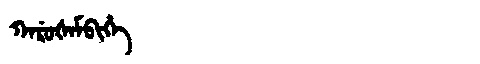
Manchu: ᡴᠠᡵᡠᡧᠠᠮᠪᡳᡥᡝ
Romanization: KARUŠAMBIHE